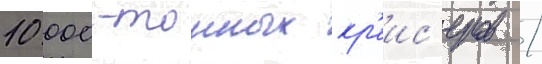
10 000-тонных кр'еис'еров /